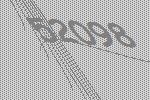
52098